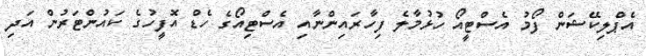
އެޕްލިކޭޝަން ފޯމު އެސްޓީއޯ ހުޅުމާލެ ފިހާރައިންނާއި އެސްޓިއޯގެ ހެޑް އޮފީހުގެ ކައުންޓަރުން އަދި